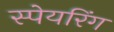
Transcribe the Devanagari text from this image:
स्पेयरिंग